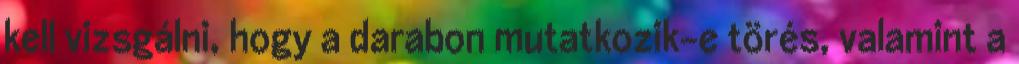
kell vizsgálni, hogy a darabon mutatkozik-e törés, valamint a